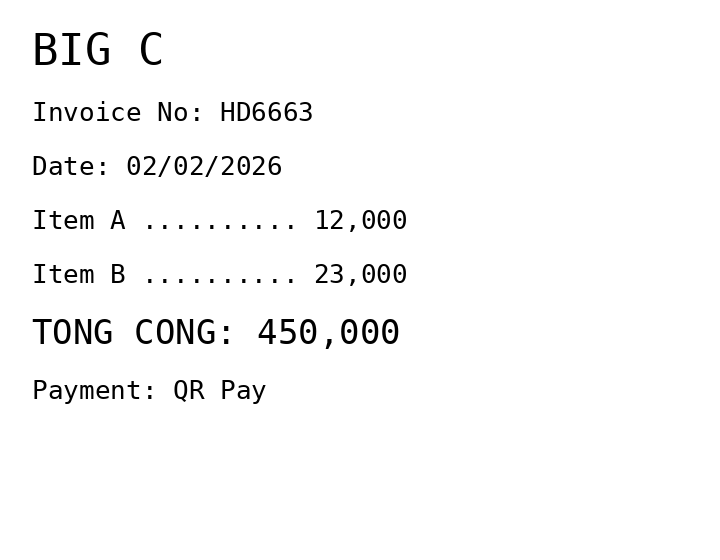
BIG C
Invoice No: HD6663
Date: 02/02/2026
Item A .......... 12,000
Item B .......... 23,000
TONG CONG: 450,000
Payment: QR Pay
Merchant: big c
Date: 2026-02-02
Total: 450000
Invoice No: HD6663
Payment method: QR